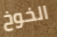
الخوخ